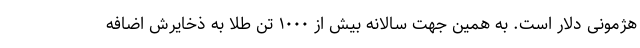
هژمونی دلار است. به همین جهت سالانه بیش از ۱۰۰۰ تن طلا به ذخایرش اضافه